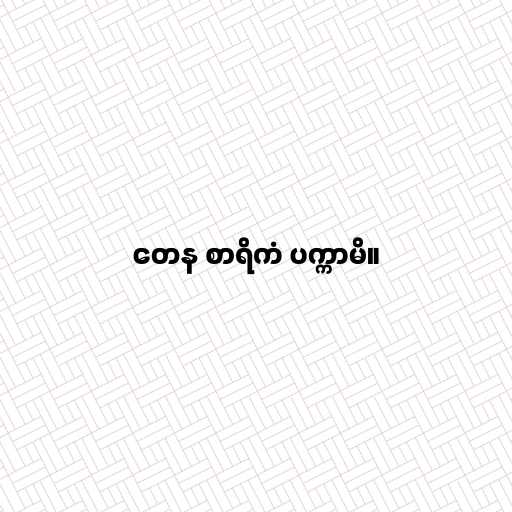
တေန စာရိကံ ပက္ကာမိ။